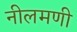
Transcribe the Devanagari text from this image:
नीलमणी